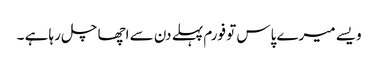
ویسے میرے پاس تو فورم پہلے دن سے اچھا چل رہا ہے ۔